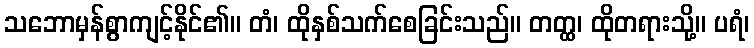
သဘောမှန်စွာကျင့်နိုင်၏။ တံ၊ ထိုနှစ်သက်စေခြင်းသည်။ တတ္ထ၊ ထိုတရားသို့။ ပရံ၊